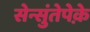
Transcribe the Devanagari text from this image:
सेन्सुंतेपेक़े